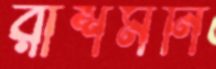
রাশমনি